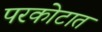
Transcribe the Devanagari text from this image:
परकोटात